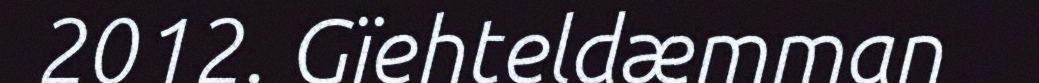
2012. Gïehteldæmman